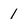
Character: 1